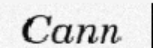
Cann